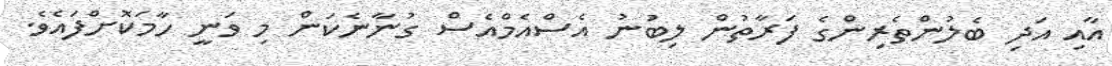
އާއި އަދި ބެލުންތެރިންގެ ފަރާތުން ލިބުނު އެސްއެމްއެސް ގުނާނެކަން މި ވަނީ ހާމަކޮށްފައެވެ.